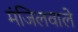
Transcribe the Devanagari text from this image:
मंजिलवाले